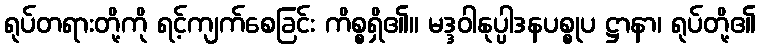
ရုပ်တရားတို့ကို ရင့်ကျက်စေခြင်း ကိစ္စရှိ၏။ မဒ္ဒဝါနုပ္ပါဒနပစ္စုပ ဋ္ဌာနာ၊ ရုပ်တို့၏